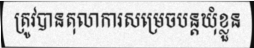
ត្រូវបានតុលាការសម្រេចបន្តឃុំខ្លួន